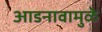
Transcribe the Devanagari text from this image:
आडनावामुळे